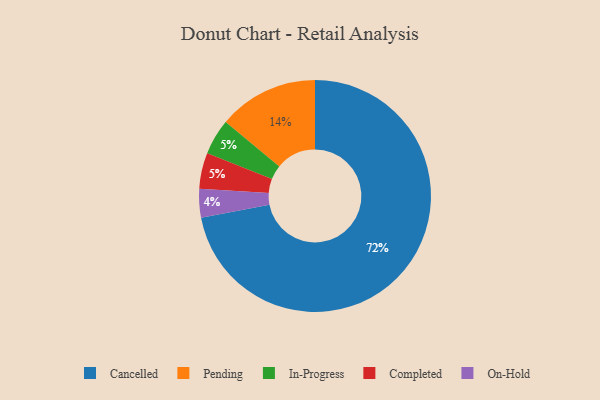
{"axis": {"x": "Category", "y": "Percentage"}, "legend": ["Cancelled", "Completed", "In-Progress", "On-Hold", "Pending"], "data": [{"x": "On-Hold", "y": 4, "type": "On-Hold"}, {"x": "In-Progress", "y": 5, "type": "In-Progress"}, {"x": "Pending", "y": 14, "type": "Pending"}, {"x": "Cancelled", "y": 72, "type": "Cancelled"}, {"x": "Completed", "y": 5, "type": "Completed"}]}